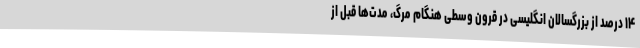
۱۴ درصد از بزرگسالان انگلیسی در قرون وسطی هنگام مرگ، مدت‌ها قبل از